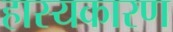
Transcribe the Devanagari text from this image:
हास्यकारण